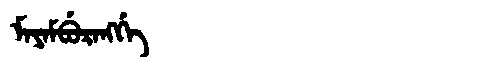
Manchu: ᠮᠠᠶᠠᠮᠪᡠᡵᠠᠩᡤᡝ
Romanization: MAYAMBURANGGE